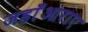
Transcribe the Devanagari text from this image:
जहाँआराए